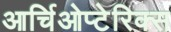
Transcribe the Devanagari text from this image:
आर्चिओप्टेरिक्स